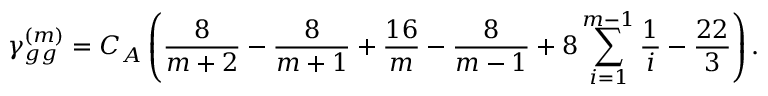
\gamma _ { g g } ^ { ( m ) } = C _ { A } \left( \frac { 8 } { m + 2 } - \frac { 8 } { m + 1 } + \frac { 1 6 } { m } - \frac { 8 } { m - 1 } + 8 \sum _ { i = 1 } ^ { m - 1 } \frac { 1 } { i } - \frac { 2 2 } { 3 } \right) .